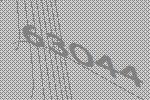
63044